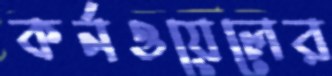
কর্নওয়েলের